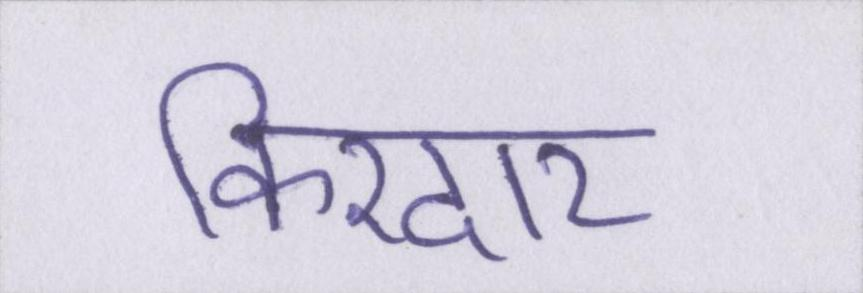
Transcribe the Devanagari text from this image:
किरदार